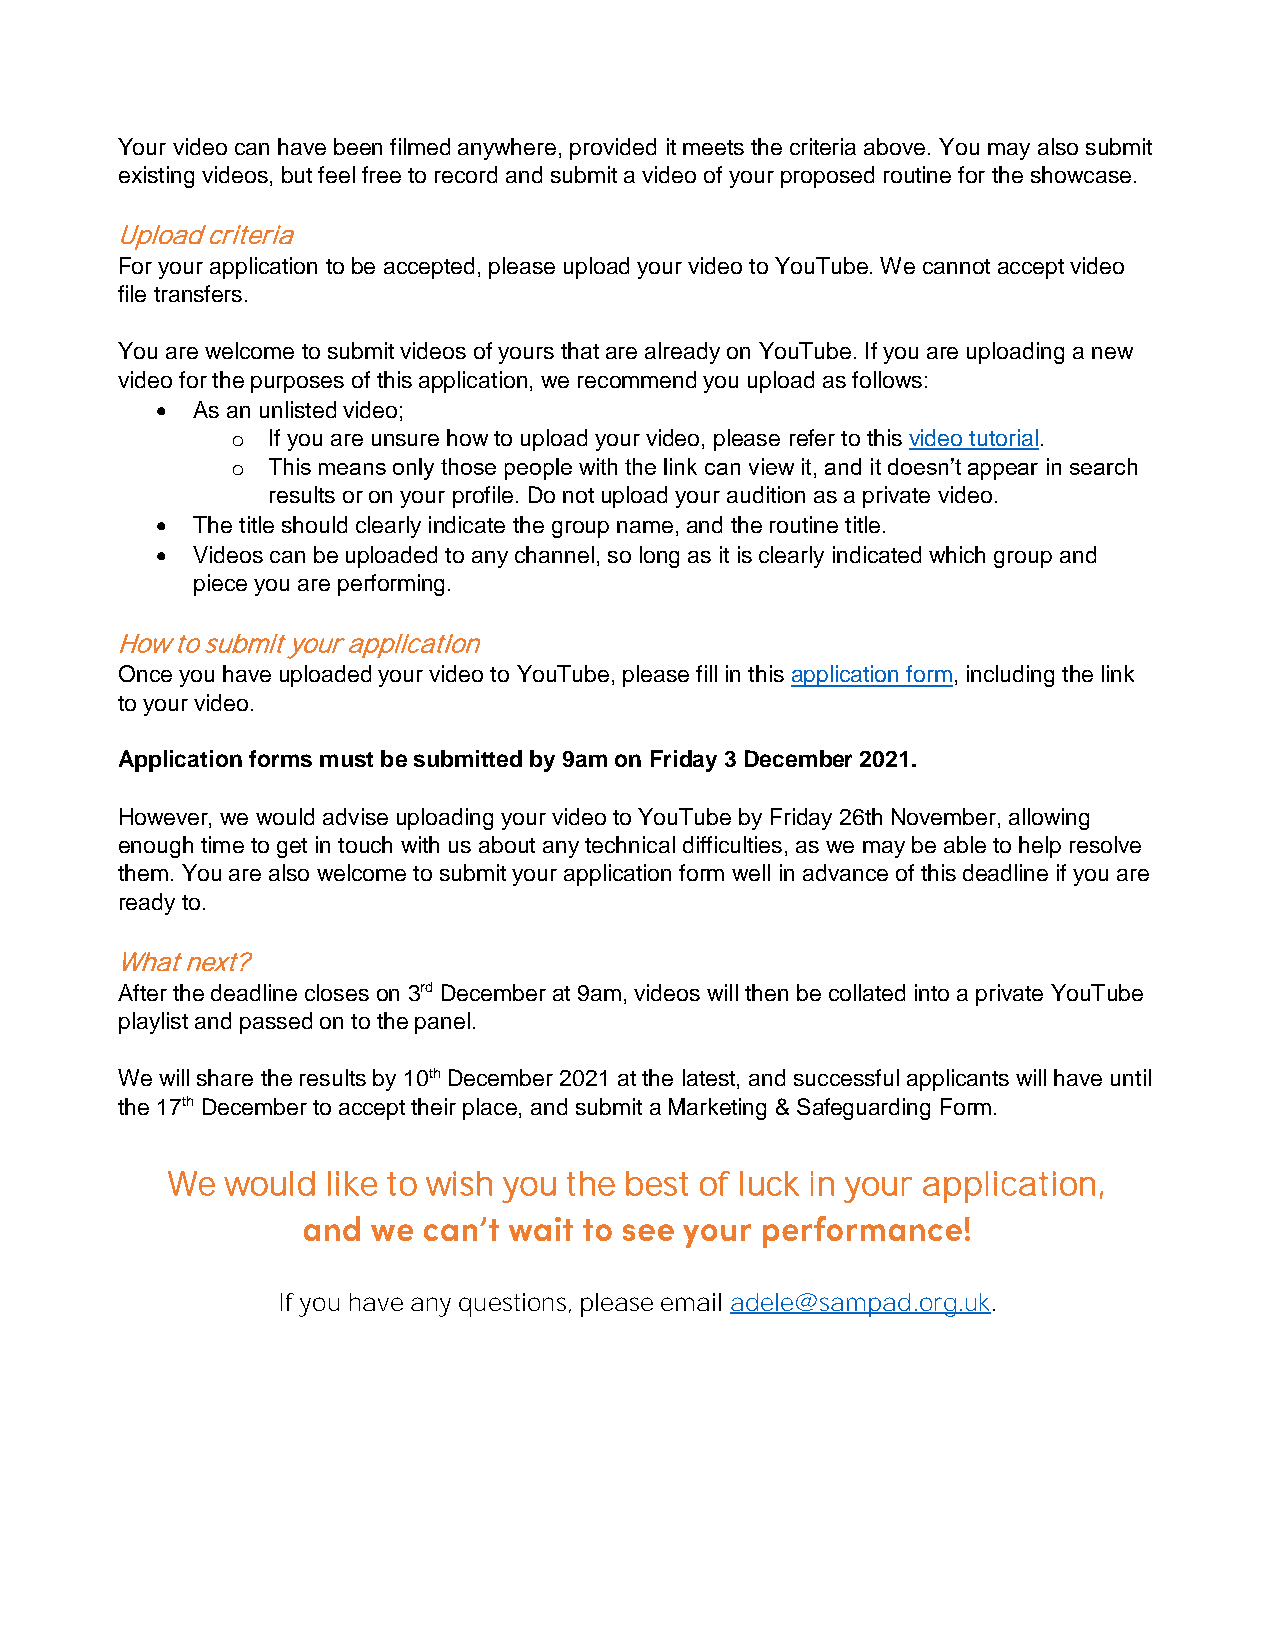
Your video can have been filmed anywhere, provided it meets the criteria above. You may also submit
 existing videos, but feel free to record and submit a video of your proposed routine for the showcase.
 Upload criteria
 For your application to be accepted, please upload your video to YouTube. We cannot accept video
 file transfers.
 You are welcome to submit videos of yours that are already on YouTube. If you are uploading a new
 video for the purposes of this application, we recommend you upload as follows:
   As an unlisted video;
 o  If you are unsure how to upload your video, please refer to this video tutorial.
 o  This means only those people with the link can view it, and it doesn’t appear in search
 results or on your profile. Do not upload your audition as a private video.
   The title should clearly indicate the group name, and the routine title.
   Videos can be uploaded to any channel, so long as it is clearly indicated which group and
 piece you are performing.
 How to submit your application
 Once you have uploaded your video to YouTube, please fill in this application form, including the link
 to your video.
 Application forms must be submitted by 9am on Friday 3 December 2021.
 However, we would advise uploading your video to YouTube by Friday 26th November, allowing
 enough time to get in touch with us about any technical difficulties, as we may be able to help resolve
 them. You are also welcome to submit your application form well in advance of this deadline if you are
 ready to.
 What next?
 After the deadline closes on 3rd December at 9am, videos will then be collated into a private YouTube
 playlist and passed on to the panel.
 We will share the results by 10th December 2021 at the latest, and successful applicants will have until
 the 17th December to accept their place, and submit a Marketing & Safeguarding Form.
 We  would  like to wish you the best of luck in your application,
 If you have any questions, please email adele@sampad.org.uk.